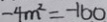
- 4 m ^ { 2 } = - 1 6 0